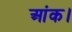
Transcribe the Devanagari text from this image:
आंक।